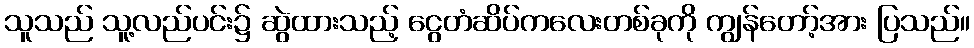
သူသည် သူ့လည်ပင်း၌ ဆွဲထားသည့် ငွေတံဆိပ်ကလေးတစ်ခုကို ကျွန်တော့်အား ပြသည်။